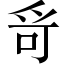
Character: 𤔄